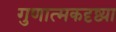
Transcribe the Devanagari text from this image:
गुणात्मकदृष्ट्या